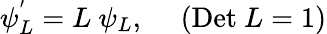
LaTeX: \psi_{L}^{'}=L~\psi_{L},~~~~~(\mathrm{Det}~L=1)